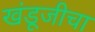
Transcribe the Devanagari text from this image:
खंडूजीचा